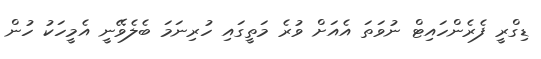
ޑިގްރީ ފެރެންހައިޓް ނުވަތަ އެއަށް ވުރެ މަތީގައި ހުރިނަމަ ބެލެވޭނީ އެމީހަކު ހުން